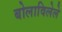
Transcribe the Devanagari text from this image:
बोलाविलेले